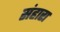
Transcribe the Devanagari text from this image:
संहारा